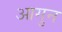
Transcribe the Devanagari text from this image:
आगुन